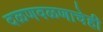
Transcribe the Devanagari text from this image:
दळणवळणाचेही